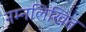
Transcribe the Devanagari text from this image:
नम्नलिखित